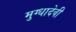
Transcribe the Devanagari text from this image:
मुग्धादेवी